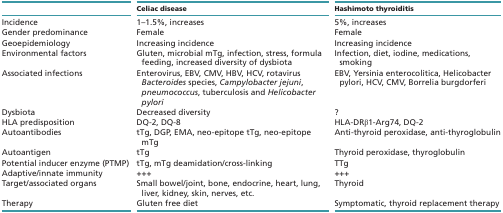
|  | Celiac disease | Hashimoto thyroiditis |
 | --- | --- | --- |
 | Incidence | 1–1.5%, increases | 5%, increases |
 | Gender predominance | Female | Female |
 | Geoepidemiology | Increasing incidence | Increasing incidence |
 | Environmental factors | Gluten, microbial mTg, infection, stress, formula feeding, increased diversity of dysbiota | Infection, diet, iodine, medications, smoking |
 | Associated infections | Enterovirus, EBV, CMV, HBV, HCV, rotavirus Bacteroides species, Campylobacter jejuni, pneumococcus, tuberculosis and Helicobacter pylori | EBV, Yersinia enterocolitica, Helicobacter pylori, HCV, CMV, Borrelia burgdorferi |
 | Dysbiota | Decreased diversity | ? |
 | HLA predisposition | DQ-2, DQ-8 | HLA-DRβ1-Arg74, DQ-2 |
 | Autoantibodies | tTg, DGP, EMA, neo-epitope tTg, neo-epitope mTg | Anti-thyroid peroxidase, anti-thyroglobulin |
 | Autoantigen | tTg | Thyroid peroxidase, thyroglobulin |
 | Potential inducer enzyme (PTMP) | tTg, mTg deamidation/cross-linking | TTg |
 | Adaptive/innate immunity | +++ | +++ |
 | Target/associated organs | Small bowel/joint, bone, endocrine, heart, lung, liver, kidney, skin, nerves, etc. | Thyroid |
 | Therapy | Gluten free diet | Symptomatic, thyroid replacement therapy |